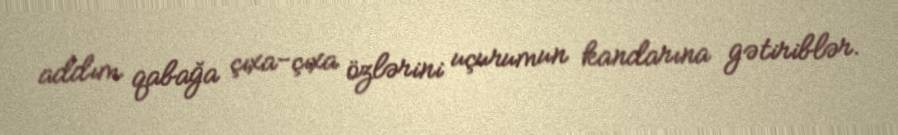
addım qabağa çıxa-çıxa özlərini uçurumun kandarına gətiriblər.